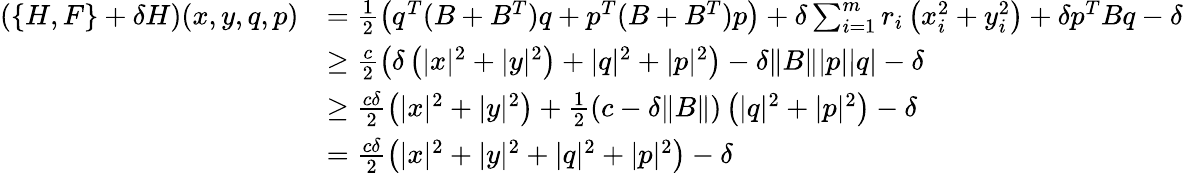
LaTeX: \begin{array}{rl}{\left(\{ H,F\} +\delta H\right)(x,y,q,p)}&{=\frac{1}{2}\left(q^{T}(B+B^{T})q+p^{T}(B+B^{T})p\right)+\delta\sum_{i=1}^{m}r_{i}\left(x_{i}^{2}+y_{i}^{2}\right)+\delta p^{T}Bq-\delta}\\ &{\geq\frac{c}{2}\left(\delta\left(|x|^{2}+|y|^{2}\right)+|q|^{2}+|p|^{2}\right)-\delta\| B\| |p||q|-\delta}\\ &{\geq\frac{c\delta}{2}\left(|x|^{2}+|y|^{2}\right)+\frac{1}{2}(c-\delta\| B\| )\left(|q|^{2}+|p|^{2}\right)-\delta}\\ &{=\frac{c\delta}{2}\left(|x|^{2}+|y|^{2}+|q|^{2}+|p|^{2}\right)-\delta}\end{array}